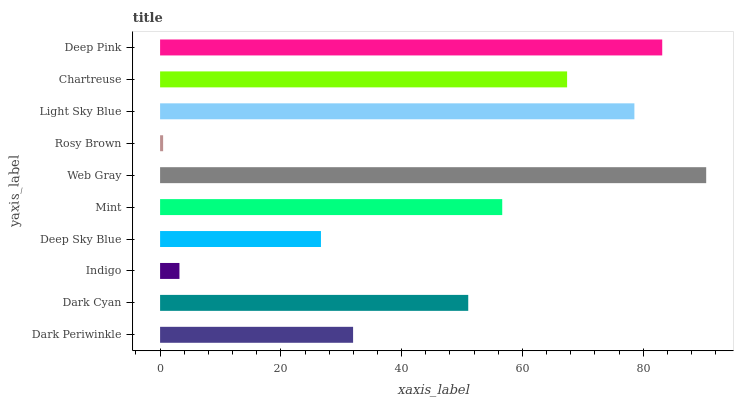
| yaxis_label | bars |
 | --- | --- |
 | Dark Periwinkle | 32 |
 | Dark Cyan | 51 |
 | Indigo | 3.21 |
 | Deep Sky Blue | 26.6 |
 | Mint | 56.7 |
 | Web Gray | 90.4 |
 | Rosy Brown | 0.502 |
 | Light Sky Blue | 78.5 |
 | Chartreuse | 67.4 |
 | Deep Pink | 83.1 |